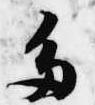
多